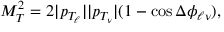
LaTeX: M _ { T } ^ { 2 } = 2 | p _ { T _ { \ell } } | | p _ { T _ { \nu } } | ( 1 - \cos \Delta \phi _ { \ell \nu } ) ,